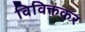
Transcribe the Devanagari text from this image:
विविक्तकर